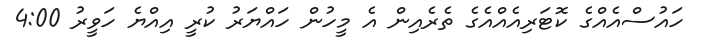
ހައުސްއެއްގެ ކޮޓަރިއެއްއެގެ ތެރެއިން އެ މީހުން ހައްޔަރު ކުރީ އިއްޔެ ހަވީރު 4:00